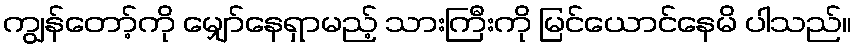
ကျွန်တော့်ကို မျှော်နေရှာမည့် သားကြီးကို မြင်ယောင်နေမိ ပါသည်။